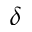
\delta